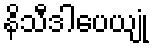
နိသီဒါပေယျုံ